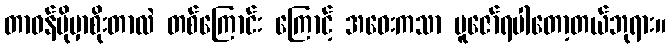
တာဝန်ပိုမှာစိုးတာလဲ တစ်ကြောင်း ကြောင့် အဝေးကသာ ပူဇော်ရပါတော့တယ်ဘုရား။